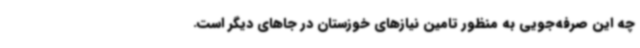
چه این صرفه‌جویی به منظور تامین نیازهای خوزستان در جاهای دیگر است.